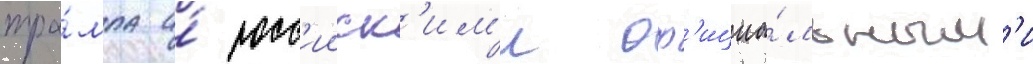
тра́мпа и́ росс'ииск'им'и оф'ициа́льным'и